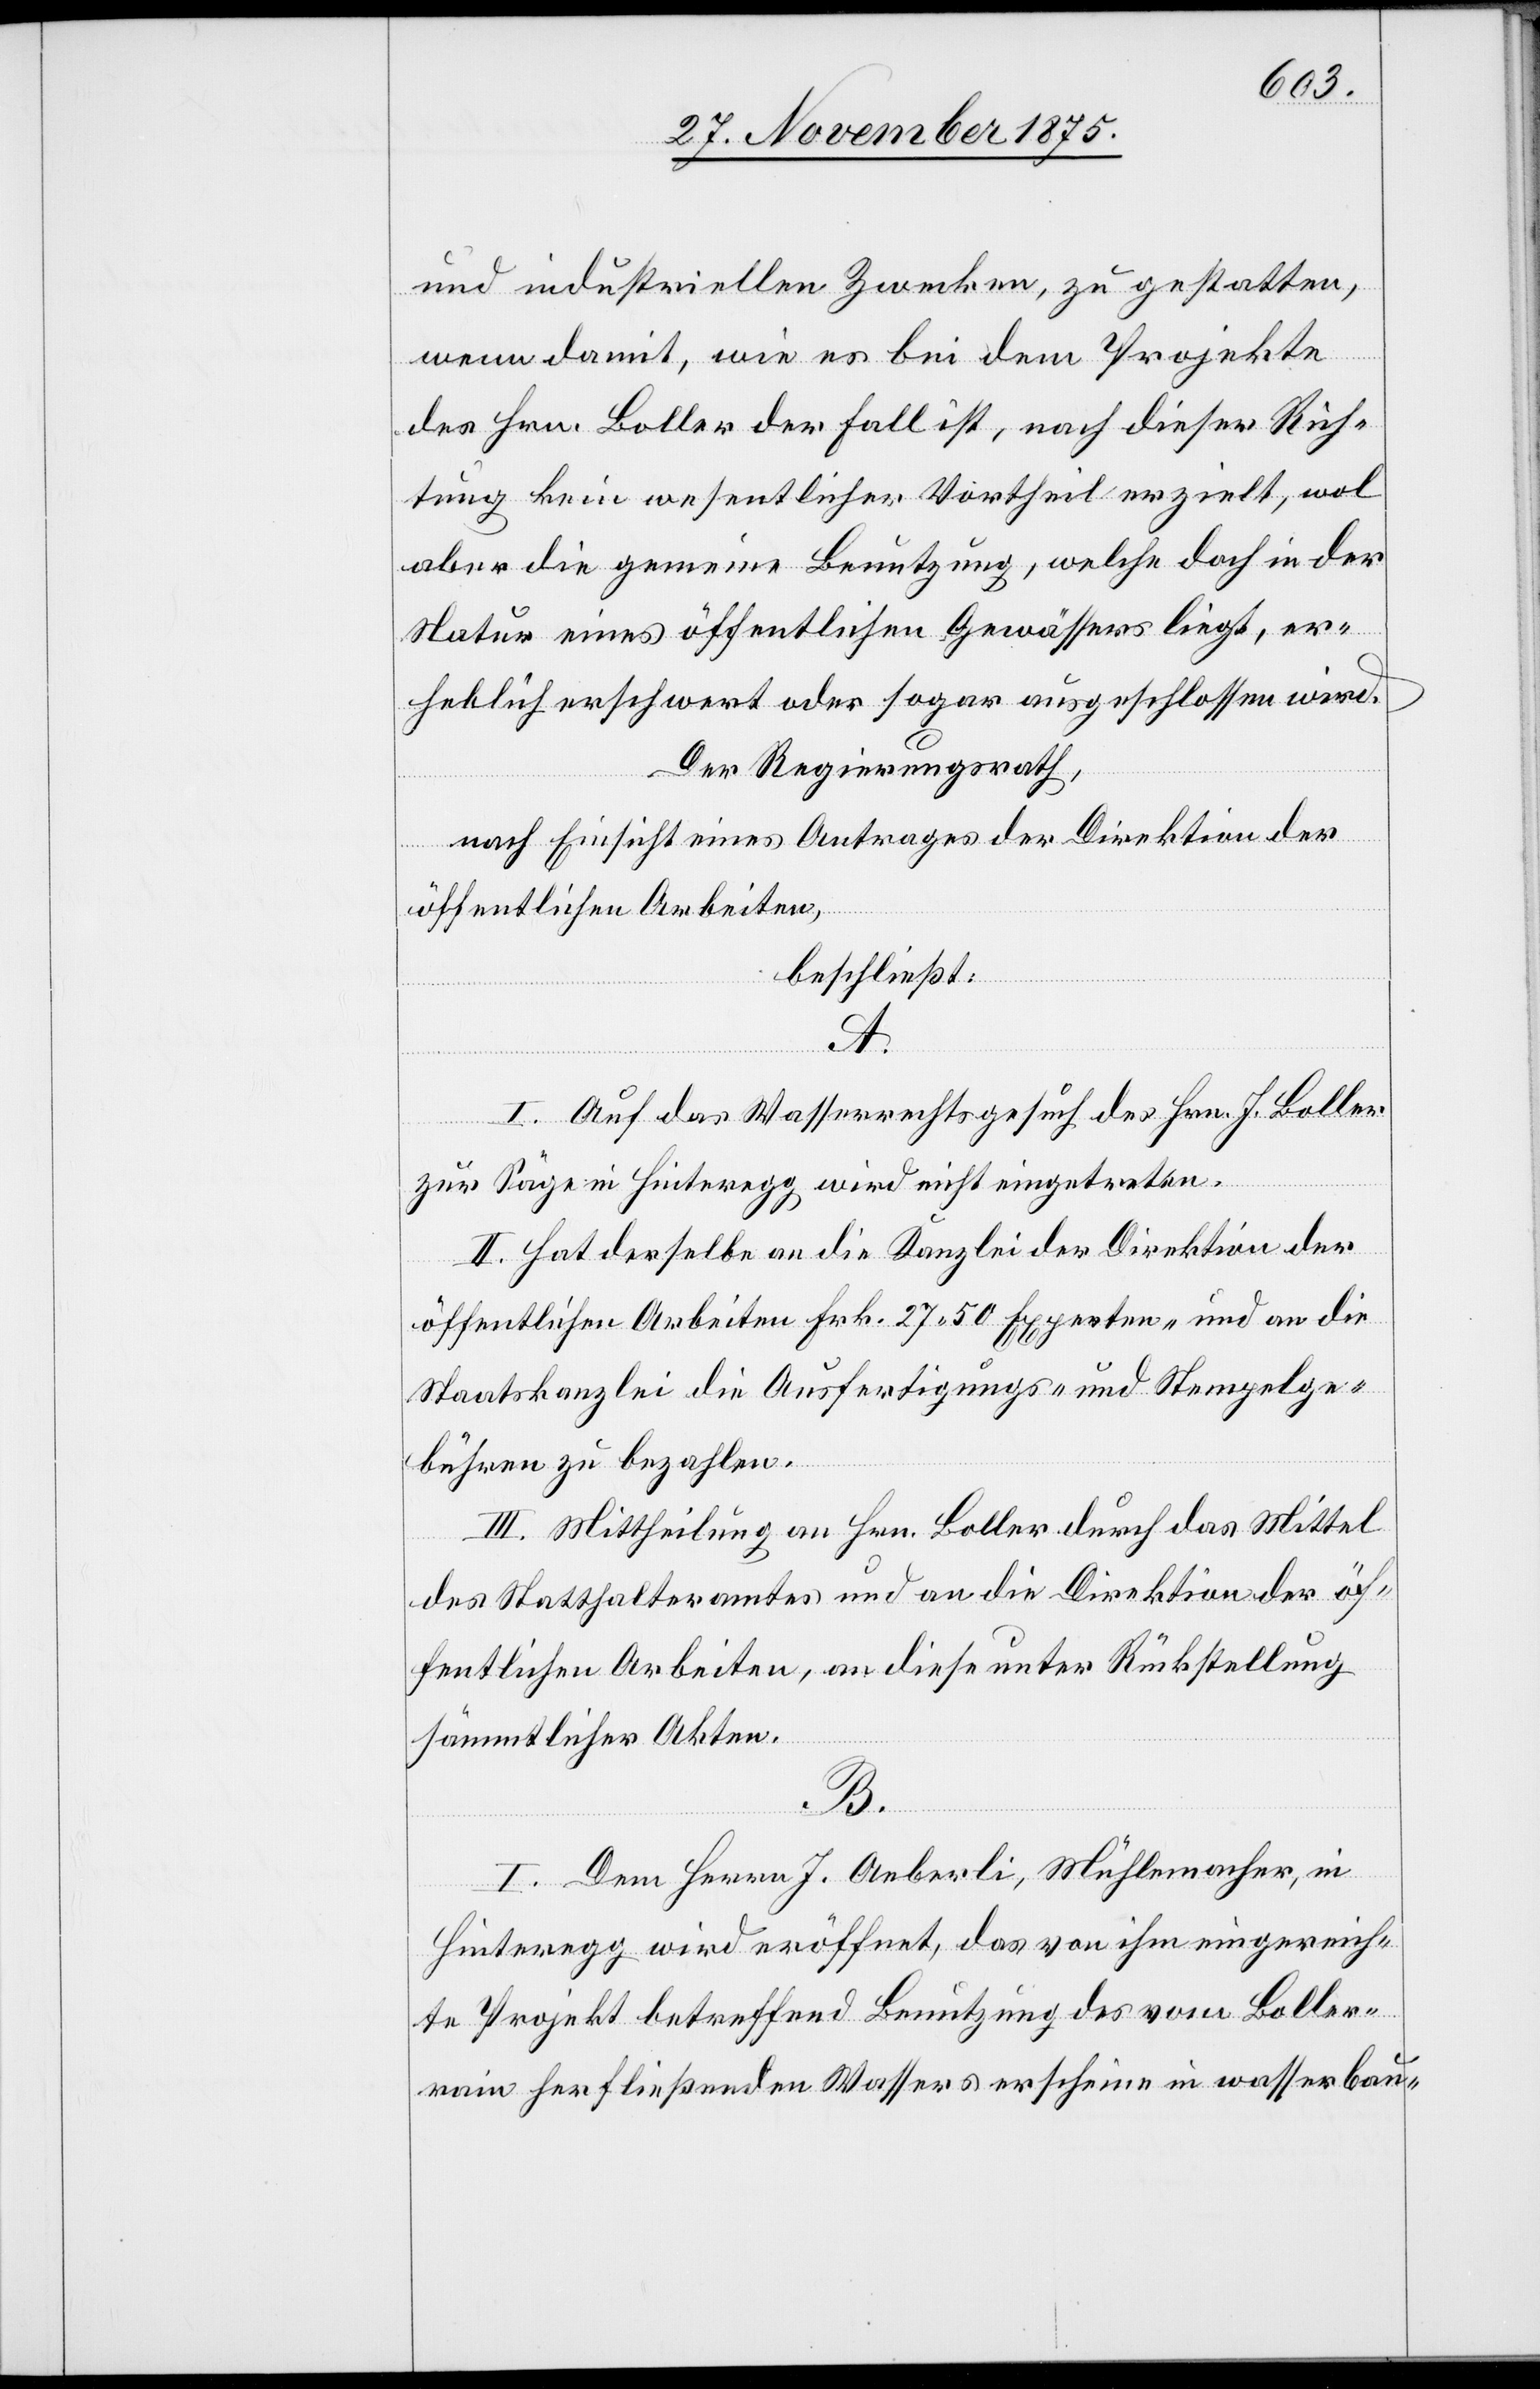
und industriellen Zwecken, zu gestatten,
wenn damit, wie es bei dem Projekte
des Hrn. Boller der Fall ist, nach dieser Rich¬
tung kein wesentlicher Vortheil erzielt, wol
aber die Gemeinde Benutzung, welche doch in der
Natur eines öffentlichen Gewässers liegt, er¬
heblich erschwert oder sogar ausgeschlossen wird.
Der Regierungsrath,
nach Einsicht eines Antrages der Direktion der
öffentlichen Arbeiten,
beschließt:
A.
I. Auf das Wasserrechtsgesuch des Hrn. J. Boller
zur Säge in Hinteregg wird nicht eingetreten.
II. Hat derselbe an die Kanzlei der Direktion der
öffentlichen Arbeiten Frk. 27 50 Experten- und an die
Staatskanzlei die Ausfertigungs- und Stempelge¬
bühren zu bezahlen.
III. Mittheilung an Hrn. Boller durch das Mittel
des Statthalteramtes und an die Direktion der öf¬
fentlichen Arbeiten, an diese unter Rückstellung
sämmtlicher Akten.
B.
I. Dem Herrn J. Aeberli, Mühlemacher, in
Hinteregg wird eröffnet, das von ihm eingereich¬
te Projekt betreffend Benutzung des vom Boller¬
rain herfließenden Wassers erscheine in wasserbau-